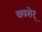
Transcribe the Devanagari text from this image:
ववशेर्